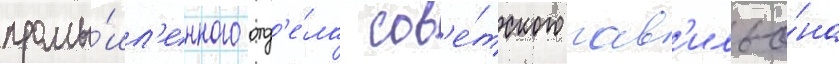
промы́шл'енного отд'е́ла сов'е́тского пав'ильо́на